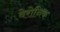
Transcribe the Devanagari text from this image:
वेरोनिक